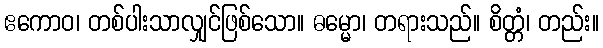
ဧကောဝ၊ တစ်ပါးသာလျှင်ဖြစ်သော။ ဓမ္မော၊ တရားသည်။ စိတ္တံ၊ တည်း။